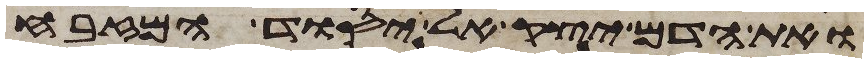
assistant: ואת הדם יצק אל יסוד המזבח